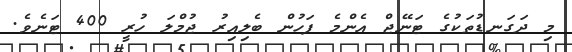
މި ދަގަނޑުތަކުގެ ޓަނޭޖް އެންމެ ފަހުން ބެލިއިރު ޖުމްލަ ހުރީ 400 ޓަނެވެ.